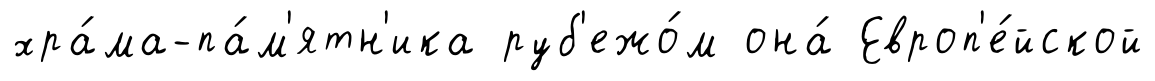
хра́ма-па́м'ятн'ика руб'ежо́м она́ Европ'е́йской